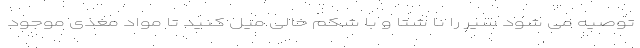
توصیه می شود سیر را نا شتا و با شکم خالی میل کنید تا مواد مغذی موجود